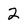
Character: 2